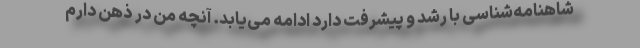
شاهنامه‌شناسی با رشد و پیشرفت دارد ادامه می‌یابد. آنچه من در ذهن دارم